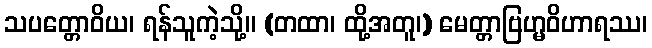
သပတ္တောဝိယ၊ ရန်သူကဲ့သို့။ (တထာ၊ ထို့အတူ၊) မေတ္တာဗြဟ္မဝိဟာရဿ၊